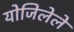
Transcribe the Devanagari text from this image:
योजिलेले